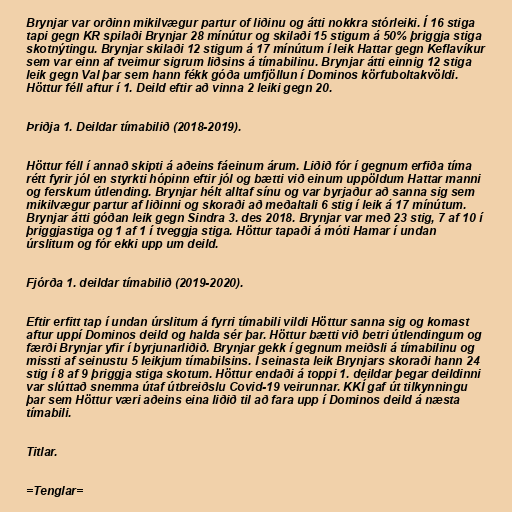
Brynjar var orðinn mikilvægur partur of liðinu og átti nokkra stórleiki. Í 16 stiga
tapi gegn KR spilaði Brynjar 28 mínútur og skilaði 15 stigum á 50% þriggja stiga
skotnýtingu. Brynjar skilaði 12 stigum á 17 mínútum í leik Hattar gegn Keflavíkur
sem var einn af tveimur sigrum liðsins á tímabilinu. Brynjar átti einnig 12 stiga
leik gegn Val þar sem hann fékk góða umfjöllun í Dominos körfuboltakvöldi.
Höttur féll aftur í 1. Deild eftir að vinna 2 leiki gegn 20.

Þriðja 1. Deildar tímabilið (2018-2019).

Höttur féll í annað skipti á aðeins fáeinum árum. Liðið fór í gegnum erfiða tíma
rétt fyrir jól en styrkti hópinn eftir jól og bætti við einum uppöldum Hattar manni
og ferskum útlending. Brynjar hélt alltaf sínu og var byrjaður að sanna sig sem
mikilvægur partur af liðinni og skoraði að meðaltali 6 stig í leik á 17 mínútum.
Brynjar átti góðan leik gegn Sindra 3. des 2018. Brynjar var með 23 stig, 7 af 10 í
þriggjastiga og 1 af 1 í tveggja stiga. Höttur tapaði á móti Hamar í undan
úrslitum og fór ekki upp um deild.

Fjórða 1. deildar tímabilið (2019-2020).

Eftir erfitt tap í undan úrslitum á fyrri tímabili vildi Höttur sanna sig og komast
aftur uppí Dominos deild og halda sér þar. Höttur bætti við betri útlendingum og
færði Brynjar yfir í byrjunarliðið. Brynjar gekk í gegnum meiðsli á tímabilinu og
missti af seinustu 5 leikjum tímabilsins. Í seinasta leik Brynjars skoraði hann 24
stig í 8 af 9 þriggja stiga skotum. Höttur endaði á toppi 1. deildar þegar deildinni
var slúttað snemma útaf útbreiðslu Covid-19 veirunnar. KKÍ gaf út tilkynningu
þar sem Höttur væri aðeins eina liðið til að fara upp í Dominos deild á næsta
tímabili.

Titlar.

=Tenglar=